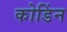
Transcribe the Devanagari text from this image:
कोडिंन